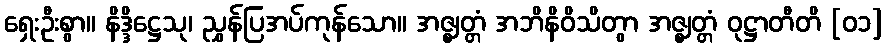
ရှေးဦးစွာ။ နိဒ္ဒိဋ္ဌေသု၊ ညွှန်ပြအပ်ကုန်သော။ အဇ္ဈတ္တံ အဘိနိဝိသိတွာ အဇ္ဈတ္တံ ဝုဋ္ဌာတီတိ [၀၁]